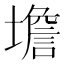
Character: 㙴